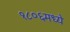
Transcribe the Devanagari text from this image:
१८०६मध्ये